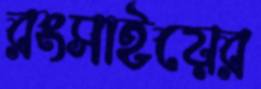
রংসাইয়ের